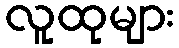
လူထုများ